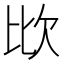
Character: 𣢋